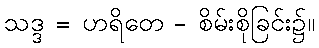
သဒ္ဒ = ဟရိတေ - စိမ်းစိုခြင်း၌။